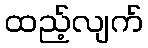
ထည့်လျက်